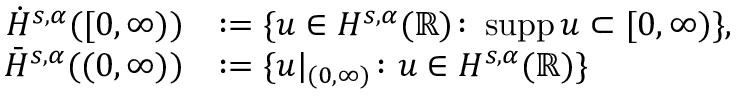
\begin{array} { r l } { \dot { H } ^ { s , \alpha } ( [ 0 , \infty ) ) } & { : = \{ u \in H ^ { s , \alpha } ( \mathbb { R } ) \colon \operatorname { s u p p } u \subset [ 0 , \infty ) \} , } \\ { \bar { H } ^ { s , \alpha } ( ( 0 , \infty ) ) } & { : = \{ u | _ { ( 0 , \infty ) } \colon u \in H ^ { s , \alpha } ( \mathbb { R } ) \} } \end{array}